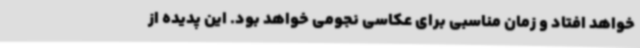
خواهد افتاد و زمان مناسبی برای عکاسی نجومی خواهد بود. این پدیده از